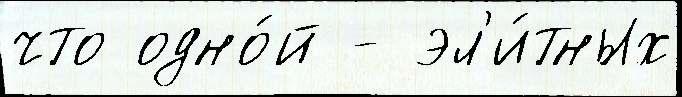
что одно́й - эл'и́тных